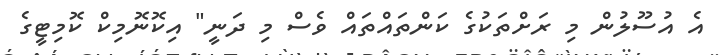
އެ އުސޫލުން މި ރަށްތަކުގެ ކަންތައްތައް ވެސް މި ދަނީ" އިކޮނޮމިކް ކޮމިޓީގެ